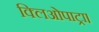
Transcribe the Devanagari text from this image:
क्लिओपाट्रा।